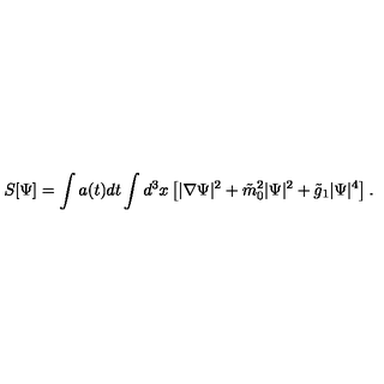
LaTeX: S [ \Psi ] = \int a ( t ) d t \int d ^ { 3 } x \left[ | \nabla \Psi | ^ { 2 } + \tilde { m } _ { 0 } ^ { 2 } | \Psi | ^ { 2 } + \tilde { g } _ { 1 } | \Psi | ^ { 4 } \right] .